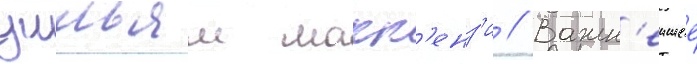
уильям макк'енз'и // Важн'еишее